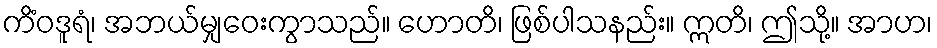
ကိံဝဒူရံ၊ အဘယ်မျှဝေးကွာသည်။ ဟောတိ၊ ဖြစ်ပါသနည်း။ ဣတိ၊ ဤသို့။ အာဟ၊